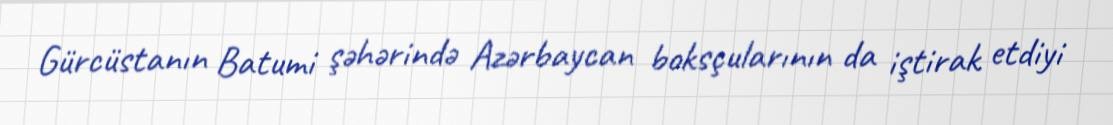
Gürcüstanın Batumi şəhərində Azərbaycan boksçularının da iştirak etdiyi